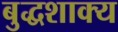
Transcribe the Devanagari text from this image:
बुद्धशाक्य